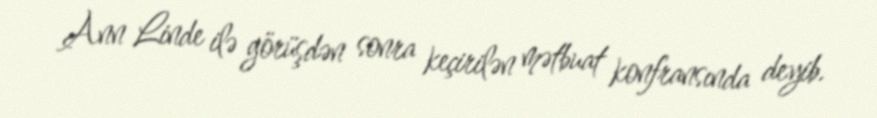
Ann Linde ilə görüşdən sonra keçirilən mətbuat konfransında deyib.